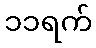
၁၁ရက်